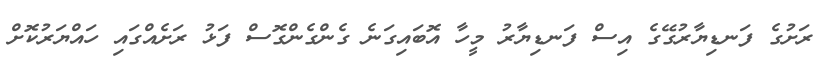
ރަށުގެ ފަނޑިޔާރުގޭގެ އިސް ފަނޑިޔާރު މީހާ އޮބައިގަނެ ގެންގެންގޮސް ފަޅު ރަށެއްގައި ހައްޔަރުކޮށް